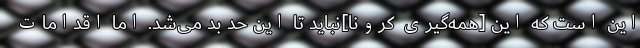
این است که این [همه‌گیری کرونا]نباید تا این حد بد می‌شد. اما اقدامات